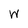
Character: w